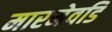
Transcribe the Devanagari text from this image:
मारनेवडि